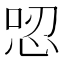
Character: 𢙟